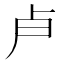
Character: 𭅯